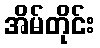
အိမ်တိုင်း